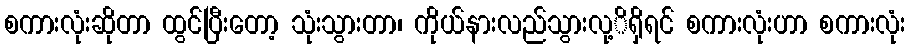
စကားလုံးဆိုတာ ထွင်ပြီးတော့ သုံးသွားတာ၊ ကိုယ်နားလည်သွားလု့ိရှိရင် စကားလုံးဟာ စကားလုံး